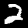
Label: 2